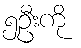
၅ဦးကို